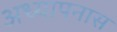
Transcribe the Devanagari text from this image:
अध्यापनास